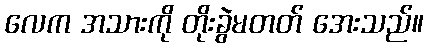
လေက အသားကို တိုးခွဲမတတ် အေးသည်။